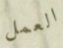
العمل